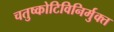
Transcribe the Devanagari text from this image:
चतुष्कोटिविनिर्मुक्त